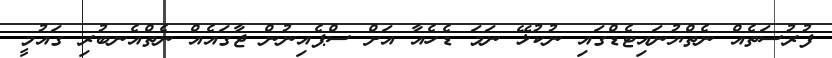
ފުރުސަތެއް ނެތްޔުނައިޓެޑްގައި ނުކުޅޭ ނަމަ ޑެހެއާ އަށް ސްޕެއިނުން ޖާގައެއް ނެތްއެނބުރި ގައުމީ